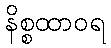
နိစ္စထာဝရ